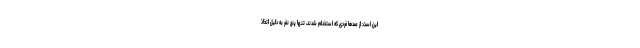
این است: از صدها فردی که استخدام شدند، تنها پنج نفر به دلیل اتخاذ